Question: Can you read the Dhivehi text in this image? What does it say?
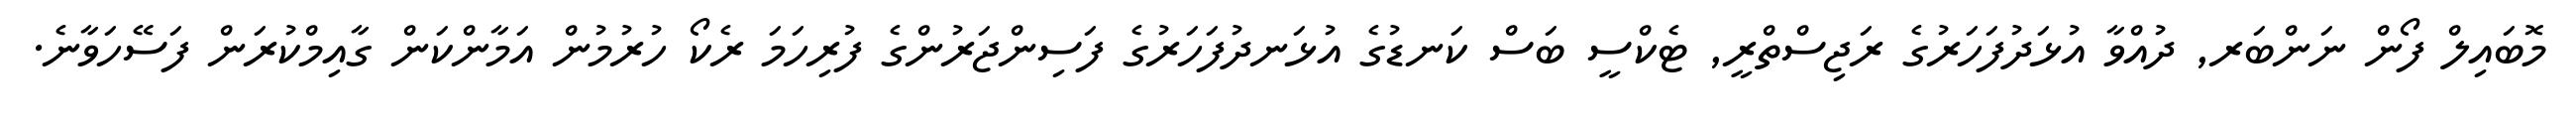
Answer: މޮބައިލް ފޯން ނަންބަރ, ދުއްވާ އުޅަދުފަހަރުގެ ރަޖިސްތްރީ, ޓެކްސީ ބަސް ކަނޑުގެ އުޅަނދުފަހަރުގެ ފަސިންޖަރުންގެ ފުރިހަމަ ރެކޯ ހުރުމުން އަމާންކަން ގާއިމްކުރަން ފަސޭހަވާނެ.